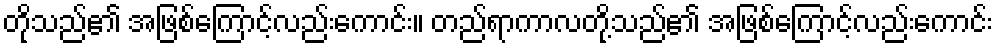
တိုသည်၏ အဖြစ်ကြောင့်လည်းကောင်း။ တည်ရာကာလတို့သည်၏ အဖြစ်ကြောင့်လည်းကောင်း